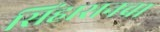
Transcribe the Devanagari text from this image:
सिंहासनचा